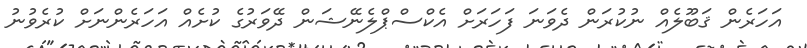
އަހަރެން ޤަބޫލެއް ނުކުރަން ދެވަނަ ފަހަރަށް އެކްސްޕްލެނޭޝަން ދޭވަރުގެ ކުށެއް އަހަރެންނަށް ކުރެވުނު